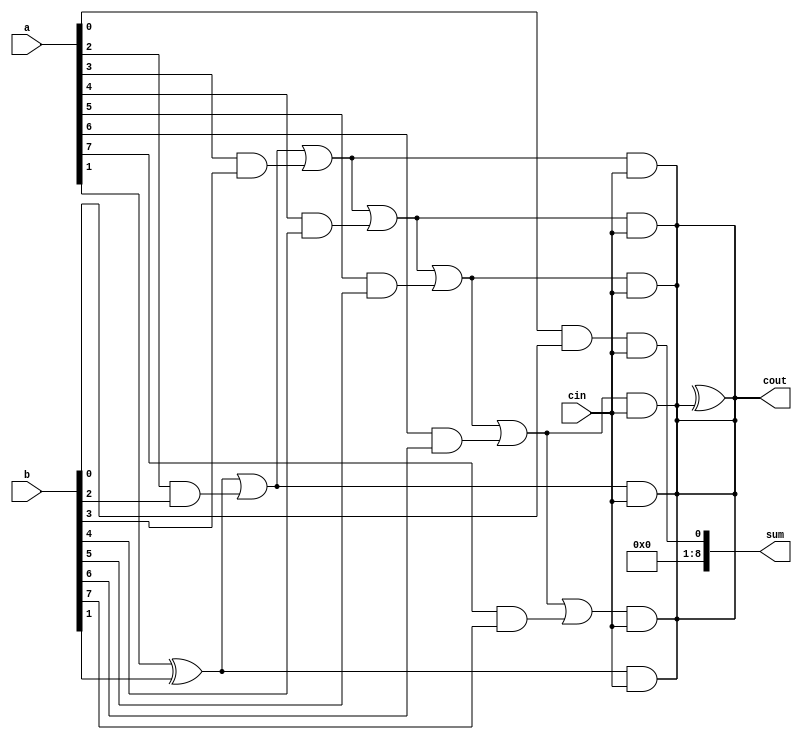
module Kogge_Stone_Adder (
    input wire [7:0] a,
    input wire [7:0] b,
    input wire cin,
    output reg [8:0] sum,
    output reg cout
);

reg [7:0] p, g;

assign {p[0], g[0]} = a[0] & b[0];
assign {p[1], g[1]} = a[1] ^ b[1];
assign {sum[1], cout} = p[1] ^ g[1] & cin;
assign sum[0] = p[0] ^ g[0] & cin;
assign g[2] = g[1] | a[2] & b[2];
assign p[2] = p[1] & (a[2] ^ b[2]);
assign {sum[2], cout} = p[2]^g[2] & cin;
assign g[3] = g[2] | a[3] & b[3];
assign p[3] = p[2] & (a[3] ^ b[3]);
assign {sum[3], cout} = p[3]^g[3] & cin;
assign g[4] = g[3] | a[4] & b[4];
assign p[4] = p[3] & (a[4] ^ b[4]);
assign {sum[4], cout} = p[4]^g[4] & cin;
assign g[5] = g[4] | a[5] & b[5];
assign p[5] = p[4] & (a[5] ^ b[5]);
assign {sum[5], cout} = p[5]^g[5] & cin;
assign g[6] = g[5] | a[6] & b[6];
assign p[6] = p[5] & (a[6] ^ b[6]);
assign {sum[6], cout} = p[6]^g[6] & cin;
assign g[7] = g[6] | a[7] & b[7];
assign p[7] = p[6] & (a[7] ^ b[7]);
assign {sum[7], cout} = p[7]^g[7] & cin;
assign {sum[8], cout} = a[8]^b[8]^g[7] & cin;

endmodule